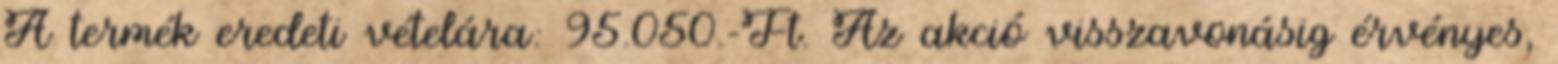
A termék eredeti vételára: 95.050.-Ft. Az akció visszavonásig érvényes,